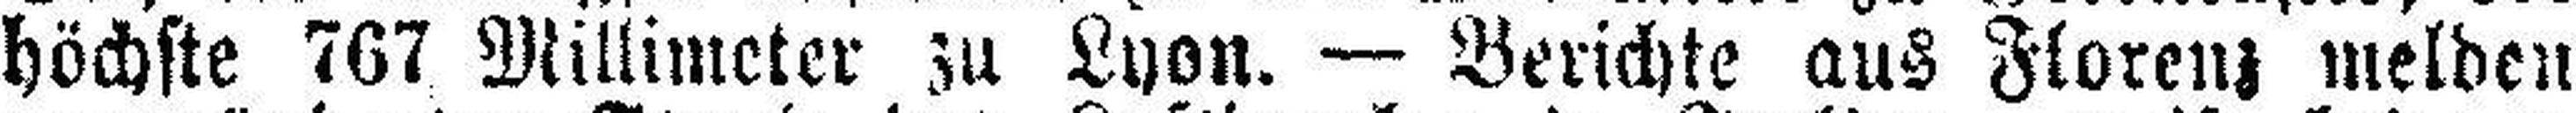
höchste 767 Millimeter zu Lyon. — Berichte aus Florenz melden